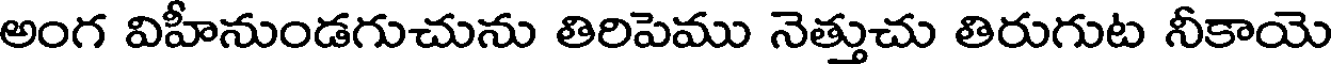
అంగ విహీనుండగుచును తిరిపెము నెత్తుచు తిరుగుట నీకాయె